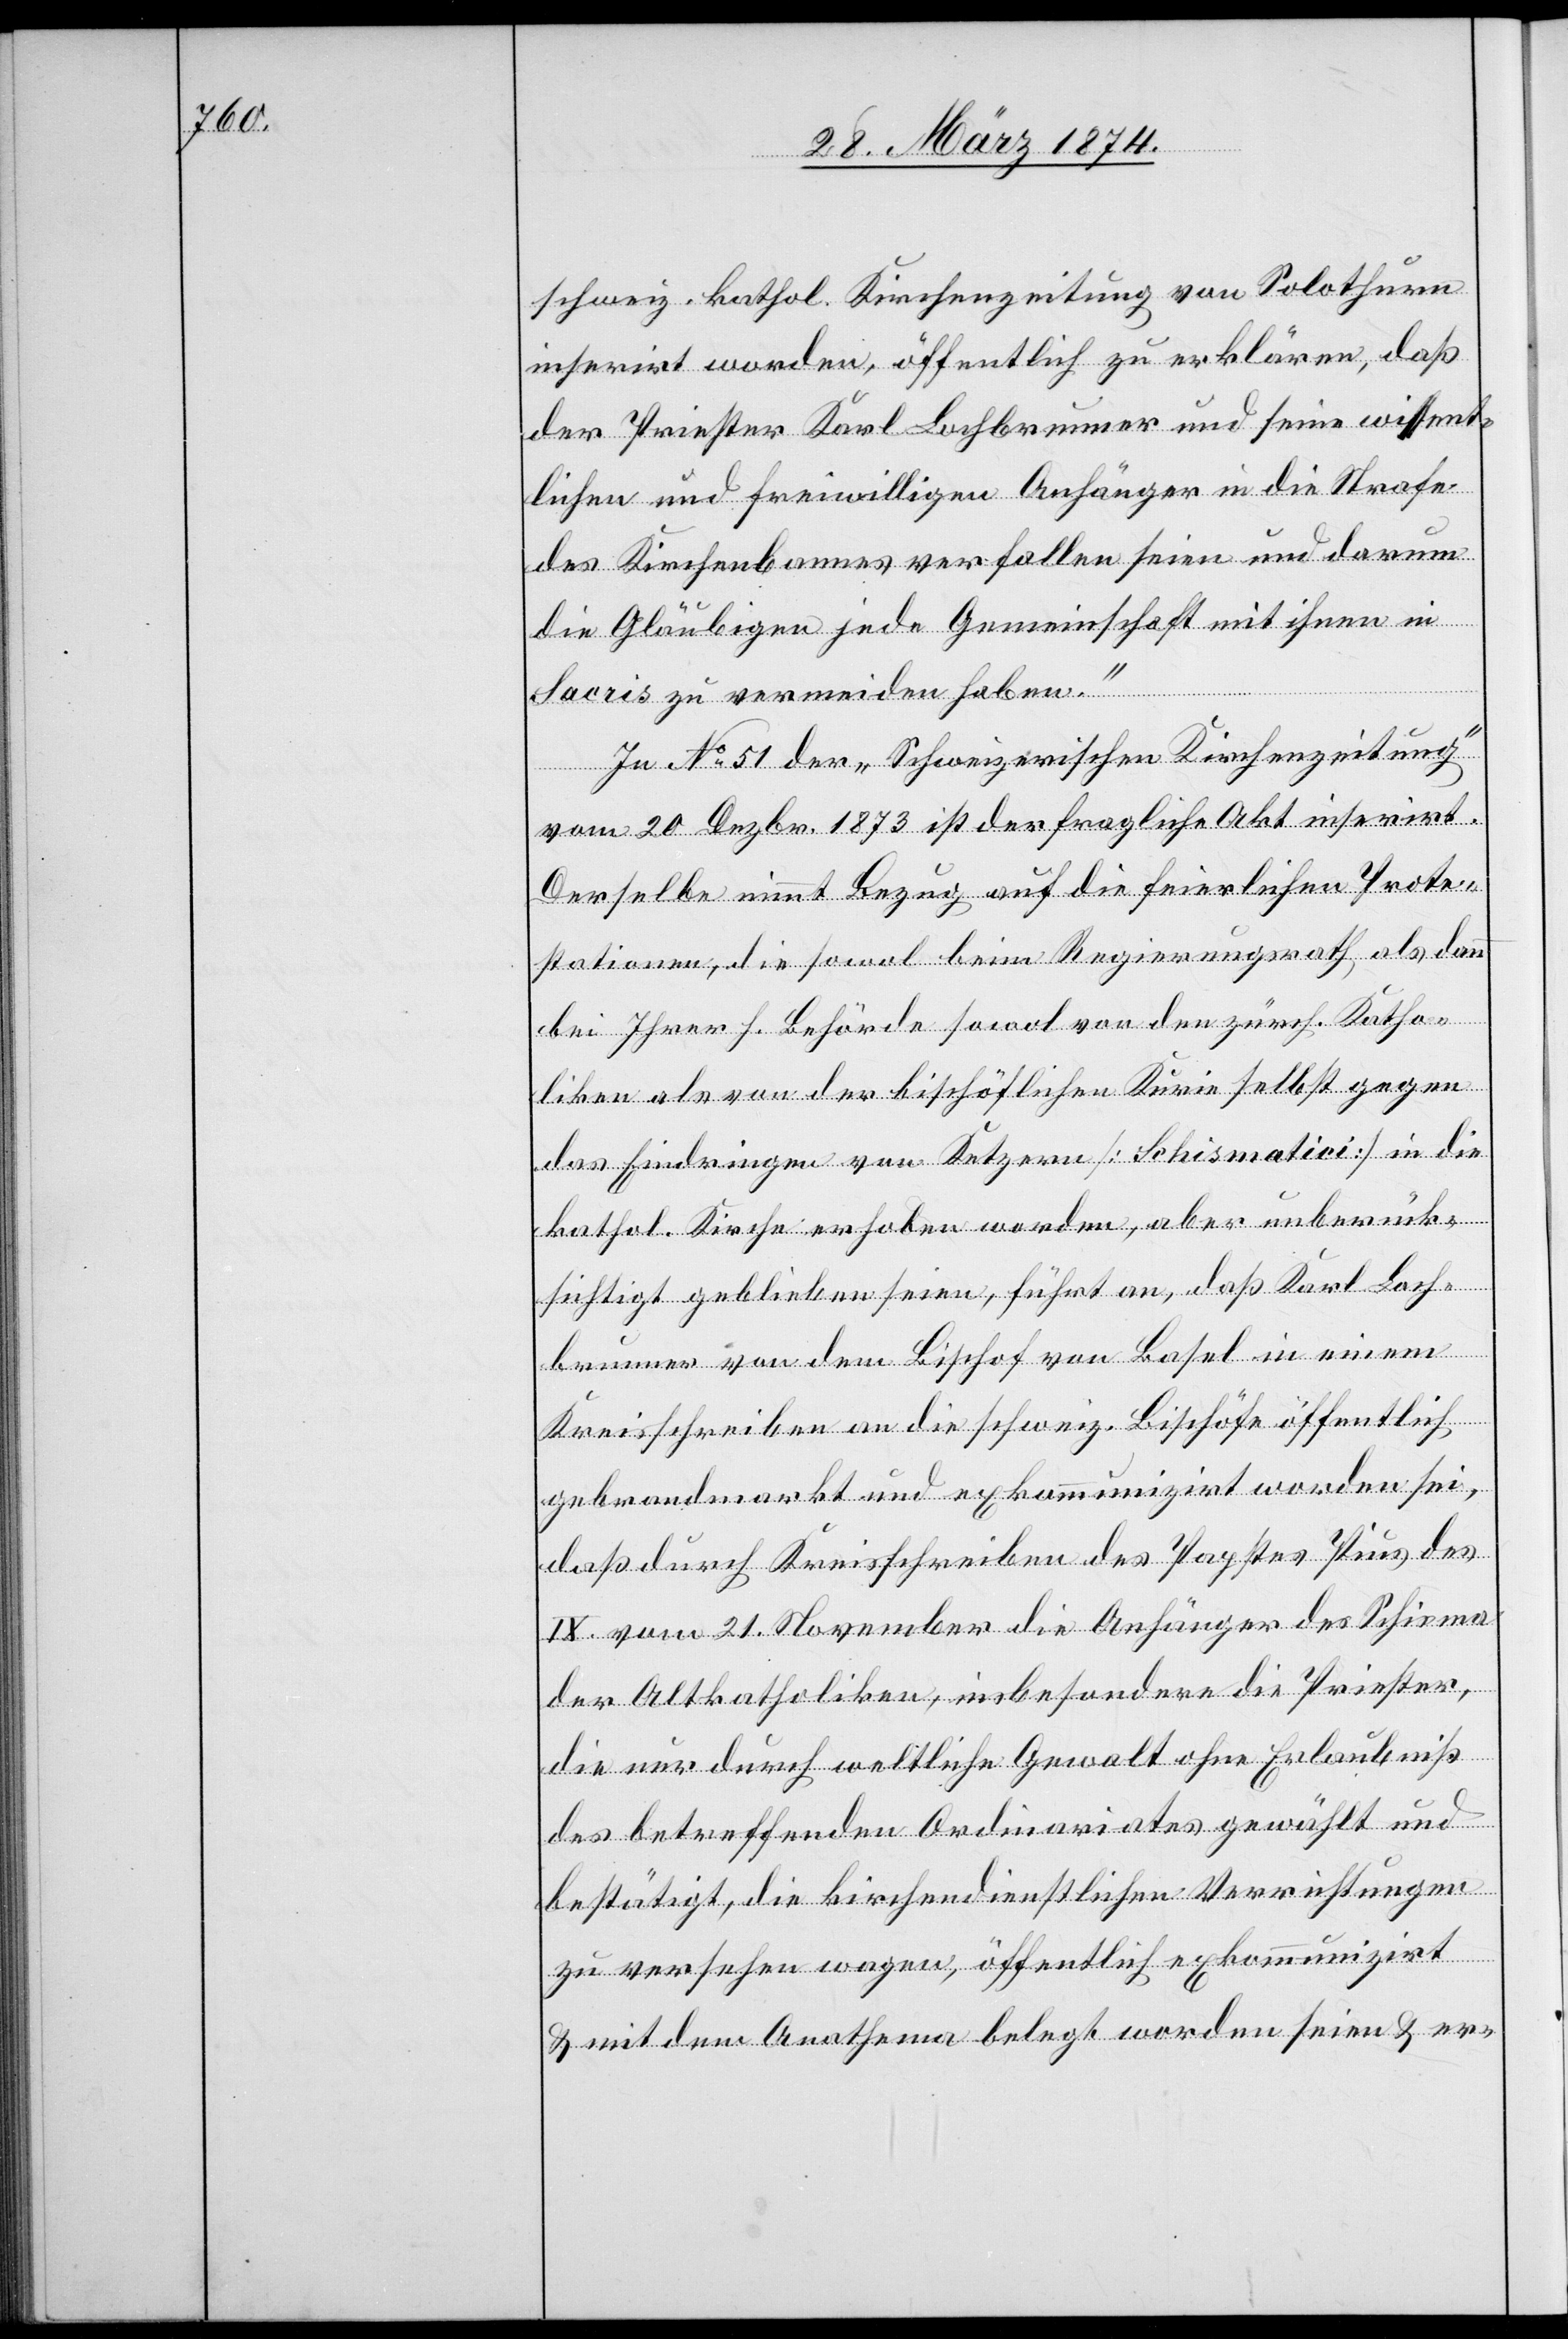
schweiz. kathol. Kirchenzeitung von Solothurn
inserirt worden, öffentlich zu erklären, daß
der Priester Karl Lochbrunner und seine wissent¬
lichen und freiwilligen Anhänger in die Strafe
des Kirchenbannes verfallen seien und darum
die Gläubigen jede Gemeinschaft mit ihnen in
Sacris zu vermeiden haben.“
In No 51 der „Schweizerischen Kirchenzeitung“
vom 20. Dzbr. 1873 ist der fragliche Akt inserirt.
Derselbe nimmt Bezug auf die feierlichen Prote¬
stationen, die sowol beim Regierungsrath, als dann
bei Ihrer h. Behörde sowol von den zürch. Katho¬
liken als von der bischöflichen Kurie selbst gegen
das Eindringen von Ketzern [Schismatici] in die
kathol. Kirche erhoben werden, aber unberück¬
sichtigt geblieben seien, führt an, daß Karl Loch¬
brunner von dem Bischof von Basel in einem
Kreisschreiben an die schweiz. Bischöfe öffentlich
gebrandmarkt und exkommunizirt worden sei,
daß durch Kreisschreiben des Papstes Pius des
IX. vom 21. November die Anhänger des Schisma
der Altkatholiken, insbesondere die Priester,
die nur durch weltliche Gewalt ohne Erlaubniß
des betreffenden Ordinariates gewählt und
bestätigt, die kirchendienstlichen Verrichtungen
zu versehen wagen, öffentlich exkommunizirt
u. mit dem Anathema belegt worden seien u. er-